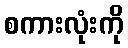
စကားလုံးကို